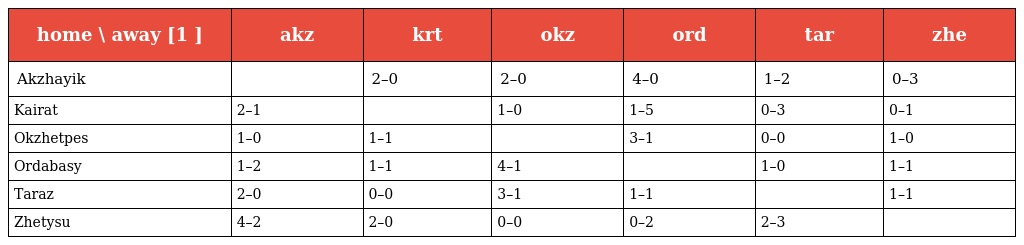
| home \ away [1 ] | akz | krt | okz | ord | tar | zhe |
 | --- | --- | --- | --- | --- | --- | --- |
 | Akzhayik |  | 2–0 | 2–0 | 4–0 | 1–2 | 0–3 |
 | Kairat | 2–1 |  | 1–0 | 1–5 | 0–3 | 0–1 |
 | Okzhetpes | 1–0 | 1–1 |  | 3–1 | 0–0 | 1–0 |
 | Ordabasy | 1–2 | 1–1 | 4–1 |  | 1–0 | 1–1 |
 | Taraz | 2–0 | 0–0 | 3–1 | 1–1 |  | 1–1 |
 | Zhetysu | 4–2 | 2–0 | 0–0 | 0–2 | 2–3 |  |